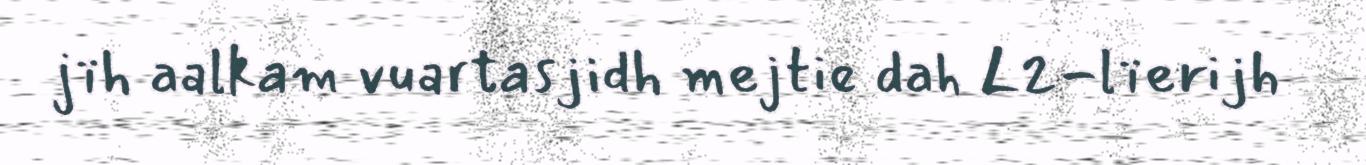
jïh aalkam vuartasjidh mejtie dah L2-lïerijh